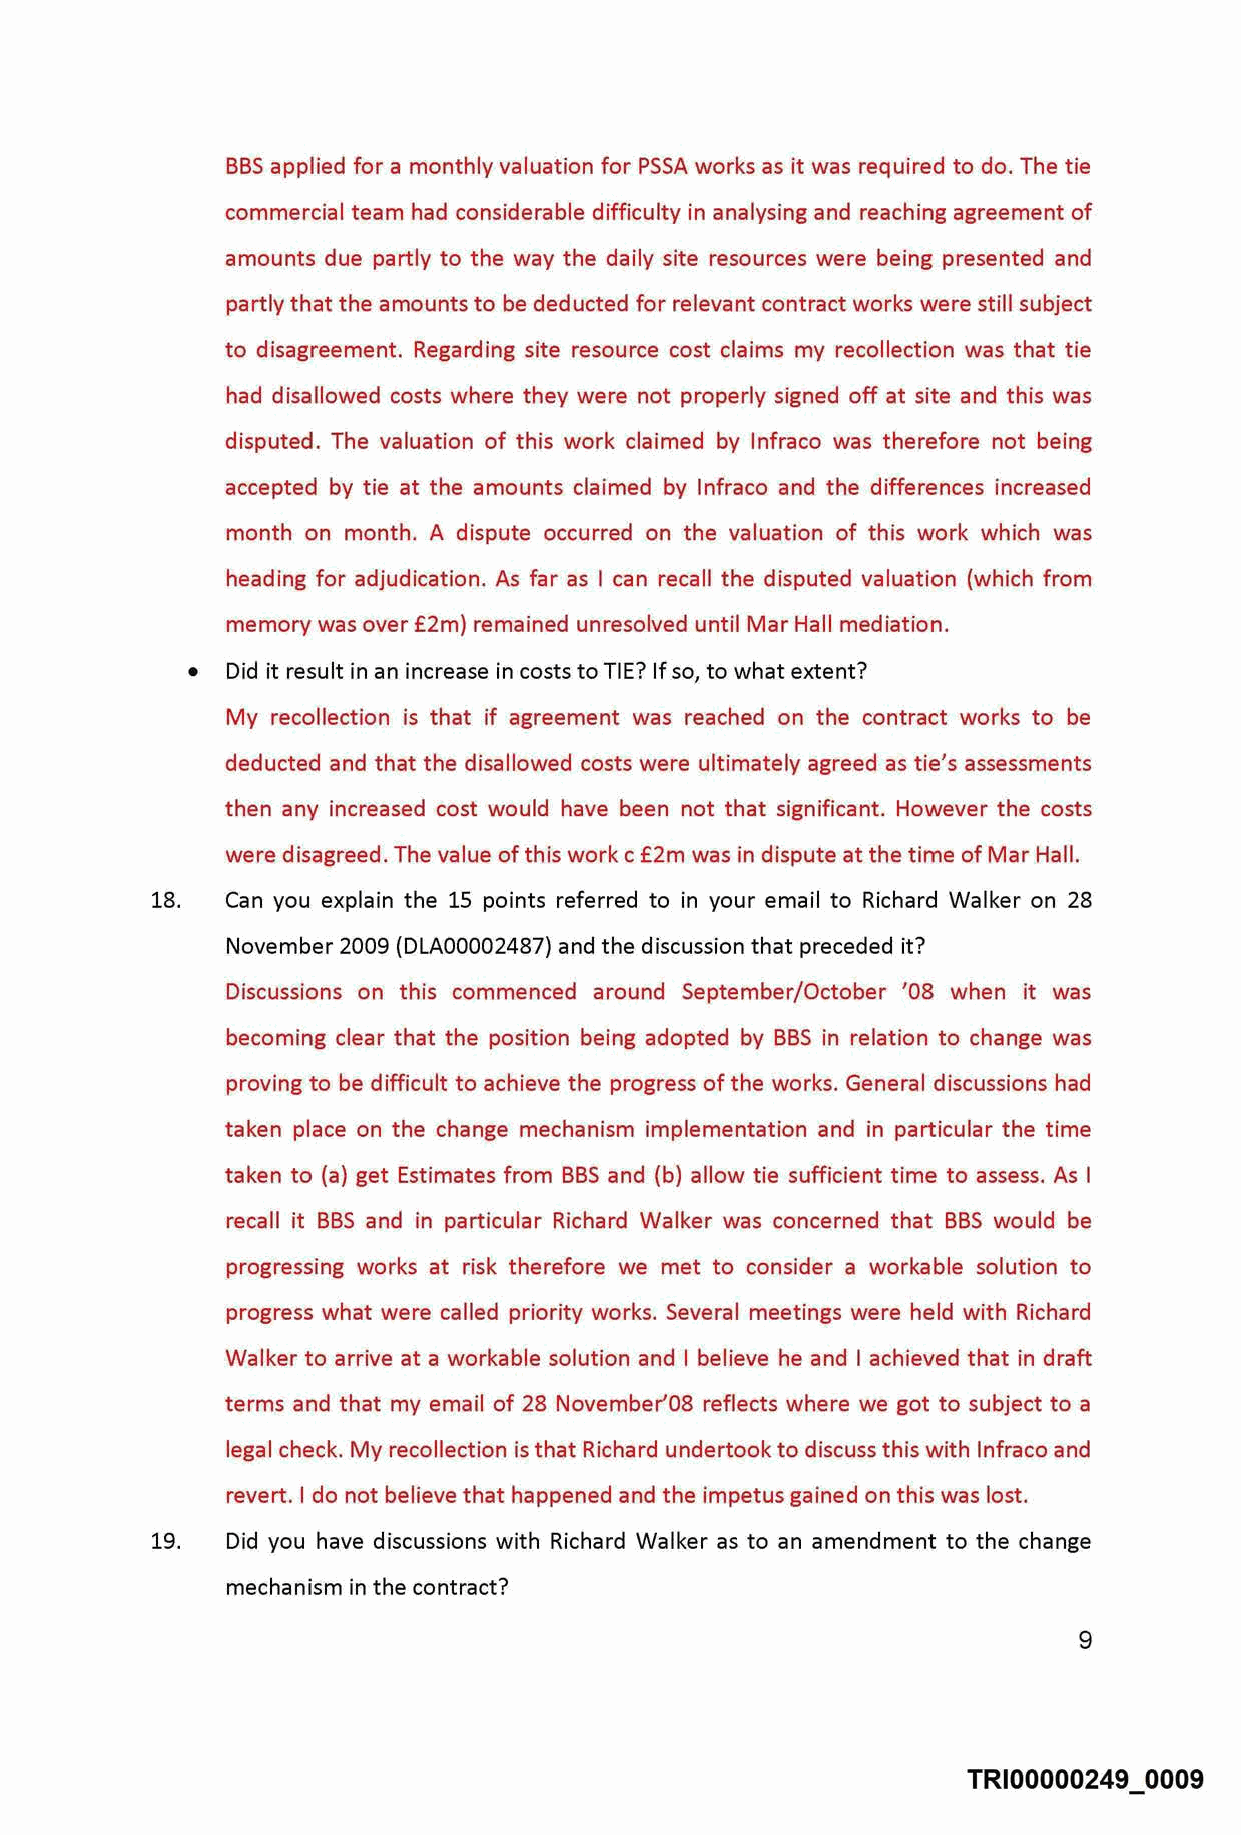
BBS applied for a monthly valuation for PSSA works as it was required to do. The tie
 commercial team had considerable difficulty in analysing and reaching agreement of
 amounts due partly to the way the daily site resources were being presented and
 partly that the amounts to be deducted for relevant contract works were still subject
 to disagreement. Regarding site resource cost claims my recollection was that tie
 had disallowed costs where they were not properly signed off at site and this was
 disputed. The valuation of this work claimed by lnfraco was therefore not being
 accepted by tie at the amounts claimed by lnfraco and the differences increased
 month on month. A dispute occurred on the valuation of this work which was
 heading for adjudication. As far as I can recall the disputed valuation (which from
 memory was over £2m) remained unresolved until Mar Hall mediation.
 •  Did it result in an increase in costs to TIE? If so, to what extent?
 My recollection is that if agreement was reached on the contract works to be
 deducted and that the disallowed costs were ultimately agreed as tie's assessments
 then any increased cost would have been not that significant. However the costs
 were disagreed. The value of this work c £2m was in dispute at the time of Mar Hall.
 18.  Can you explain the 15 points referred to in your email to Richard Walker on 28
 November 2009 (DLA00002487) and the discussion that preceded it?
 Discussions on this commenced around September/October '08 when it was
 becoming clear that the position being adopted by BBS in relation to change was
 proving to be difficult to achieve the progress of the works. General discussions had
 taken place on the change mechanism implementation and in particular the time
 taken to (a) get Estimates from BBS and (b) allow tie sufficient time to assess. As I
 recall it BBS and in particular Richard Walker was concerned that BBS would be
 progressing works at risk therefore we met to consider a workable solution to
 progress what were called priority works. Several meetings were held with Richard
 Walker to arrive at a workable solution and I believe he and I achieved that in draft
 terms and that my email of 28 November'08 reflects where we got to subject to a
 legal check. My recollection is that Richard undertook to discuss this with lnfraco and
 revert. I do not believe that happened and the impetus gained on this was lost.
 19.  Did you have discussions with Richard Walker as to an amendment to the change
 mechanism in the contract?
 9
 TRI00000249 0009